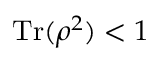
\operatorname { T r } ( \rho ^ { 2 } ) < 1